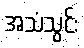
အသံသွင်း